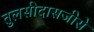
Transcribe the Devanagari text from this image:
तुलसीदासजीसे